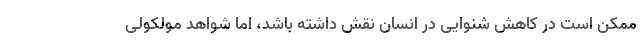
ممکن است در کاهش شنوایی در انسان نقش داشته باشد، اما شواهد مولکولی